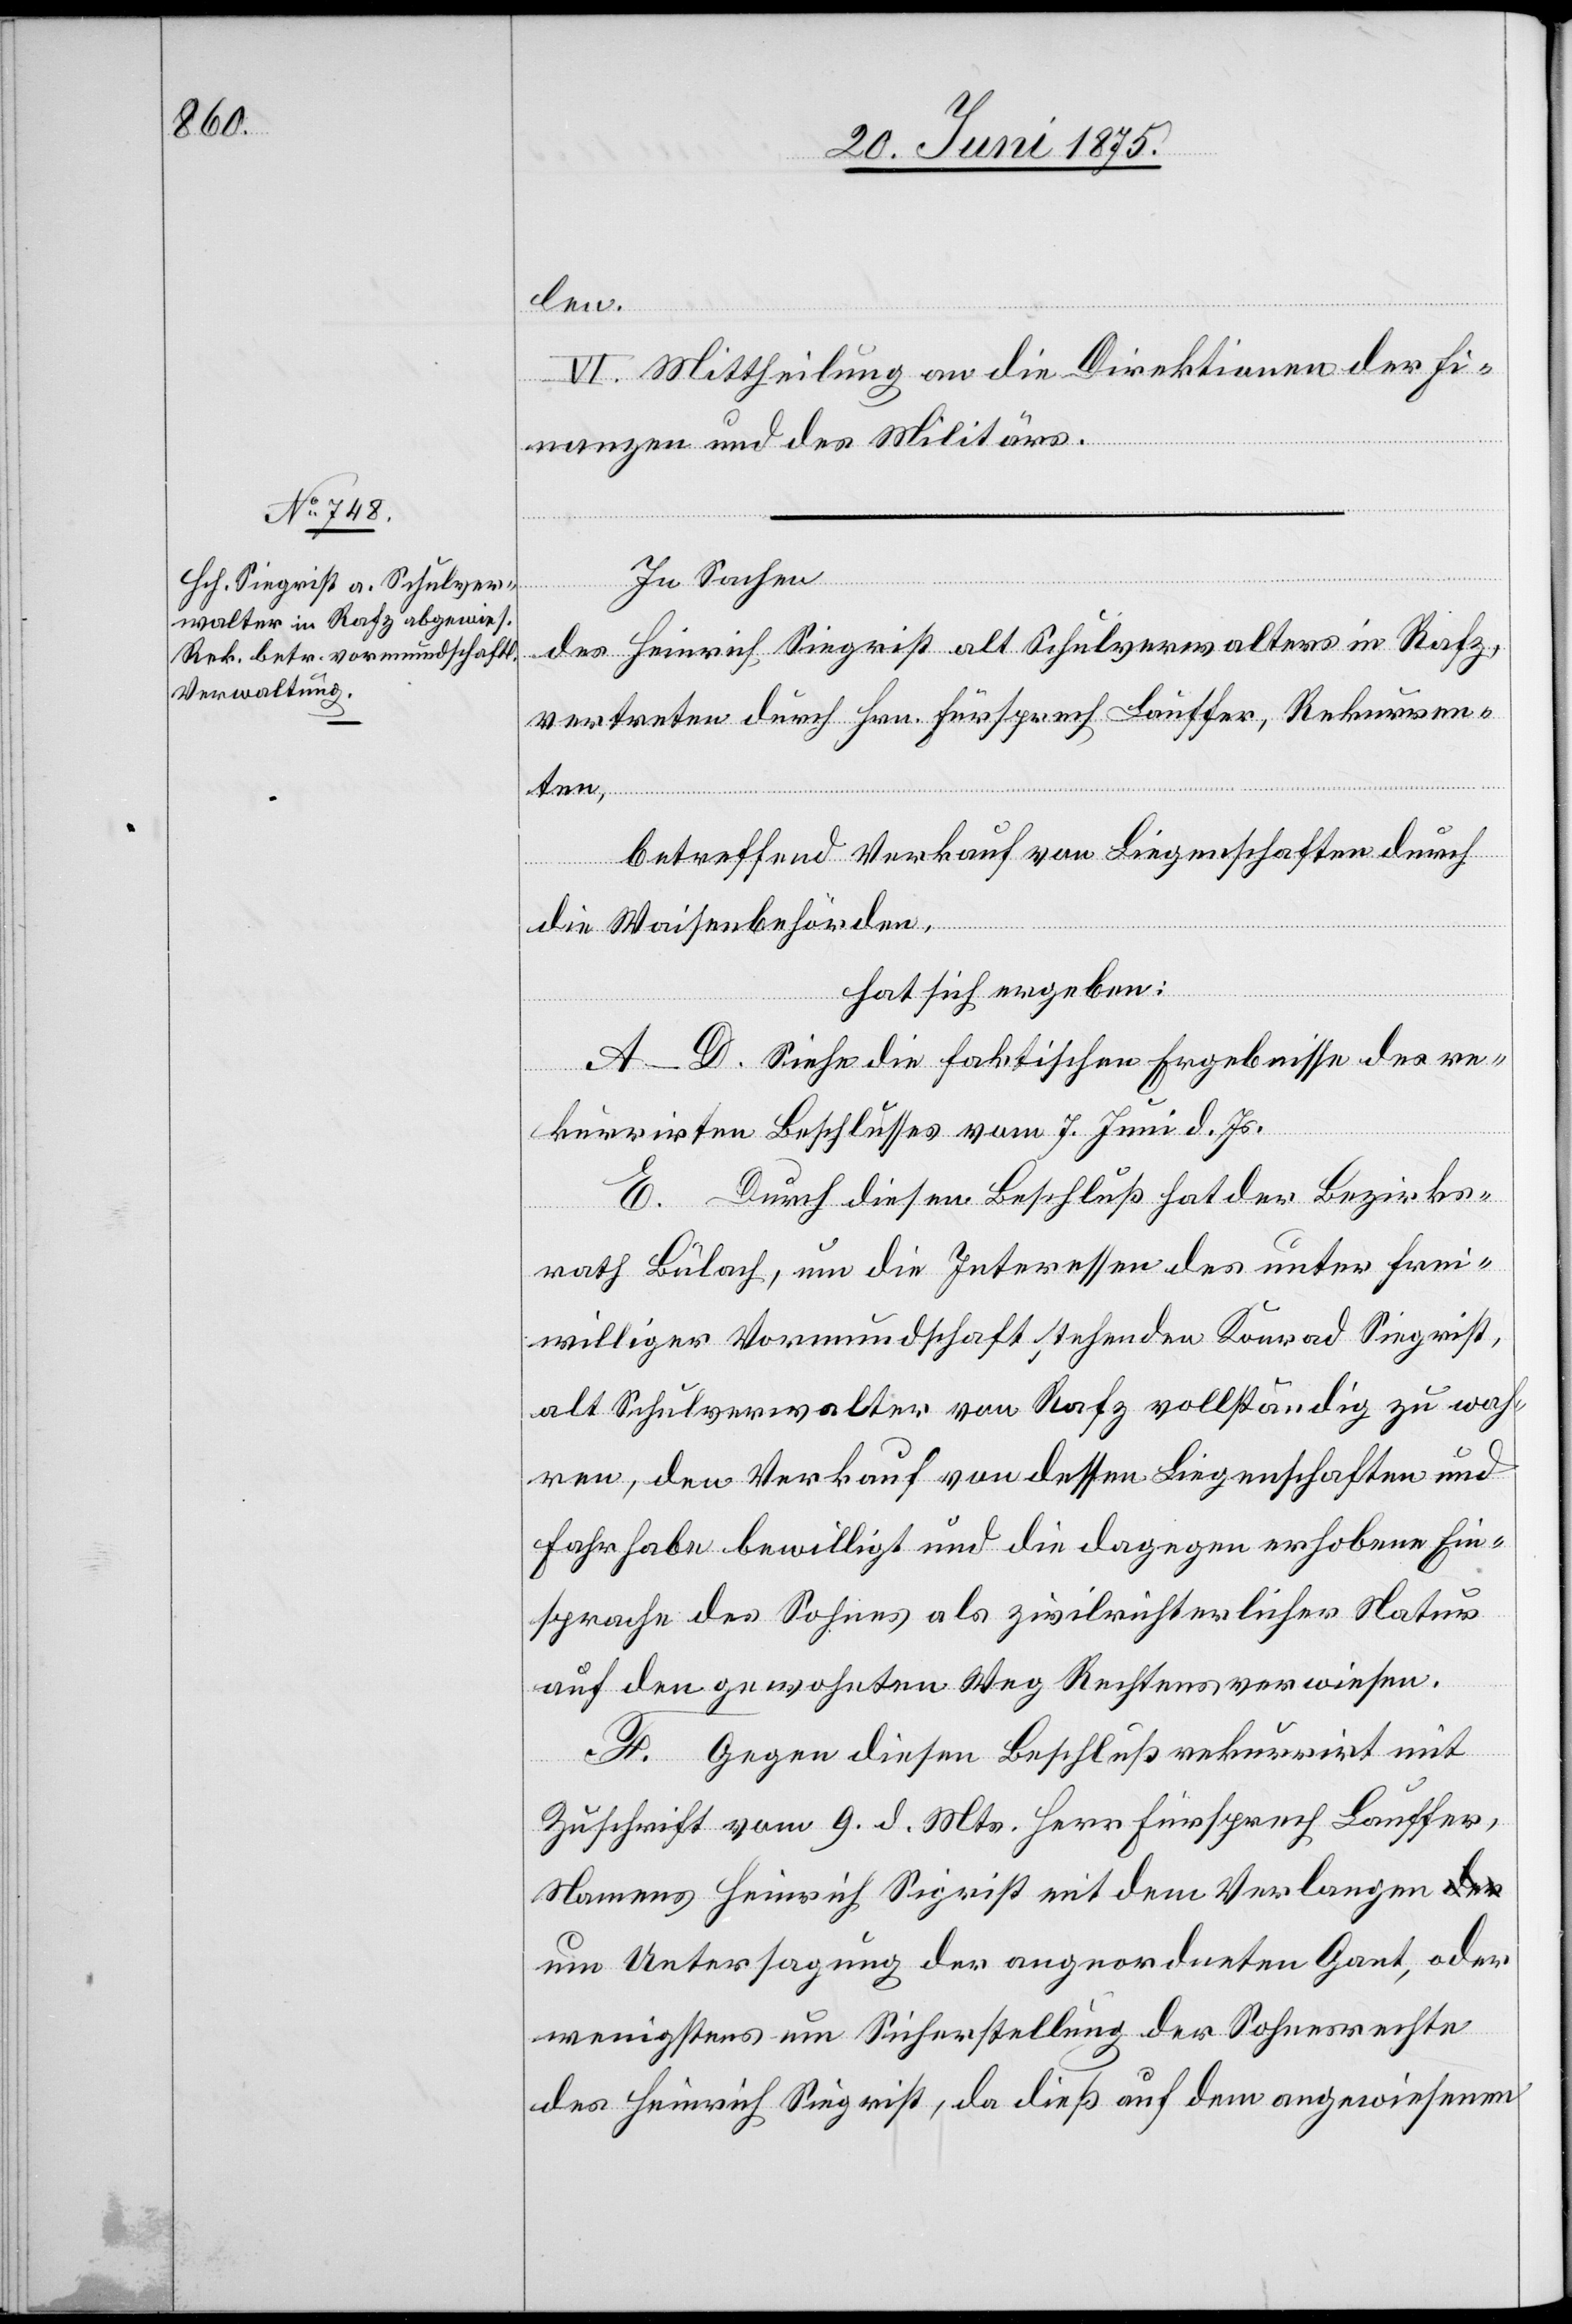
len.
VI. Mittheilung an die Direktionen der Fi¬
nanzen und des Militärs.
In Sachen
des Heinrich Siegrist alt Schulverwalters in Rafz,
vertreten durch Hrn. Fürsprech Lauffer, Rekurren¬
ten,
betreffend Verkauf von Liegenschaften durch
die Waisenbehörden,
hat sich ergeben:
A–D. Sie die faktischen Ergebnisse des re¬
kurrirten Beschlusses vom 7. Juni d. Js.
E. Durch diesen Beschluß hat der Bezirks¬
rath Bülach, um die Interessen des unter frei¬
williger Vormundschaft stehenden Konrad Siegrist,
alt Schulverwalter von Rafz vollständig zu wah¬
ren, den Verkauf von dessen Liegenschaften und
Fahrhabe bewilligt und die dagegen erhobene Ein¬
sprache des Sohnes als zivilrichterlicher Natur
auf den gewohnten Weg Rechtens verwiesen.
F. Gegen diesen Beschluß rekurrirt mit
Zuschrift vom 9. d. Mts. Herr Fürsprech Lauffer,
Namens Heinrich Siegrist mit dem Verlangen
um Untersagung der angeordneten Gant, oder
wenigstens um Sicherstellung der Sohnesrechte
des Heinrich Siegrist, da dieß auf dem angewiesenen